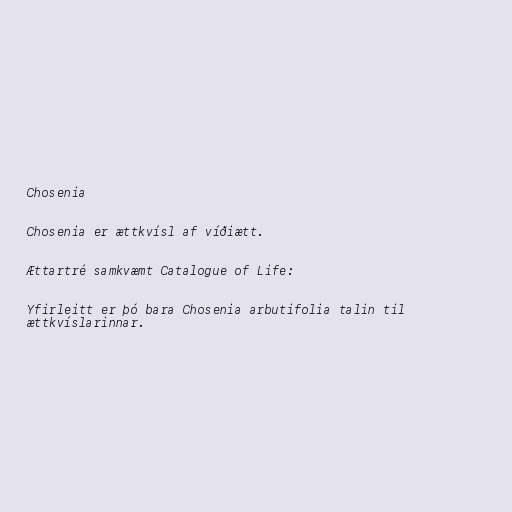
Chosenia

Chosenia er ættkvísl af víðiætt.

Ættartré samkvæmt Catalogue of Life:

Yfirleitt er þó bara Chosenia arbutifolia talin til
ættkvíslarinnar.